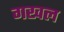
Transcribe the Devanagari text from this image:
गखल